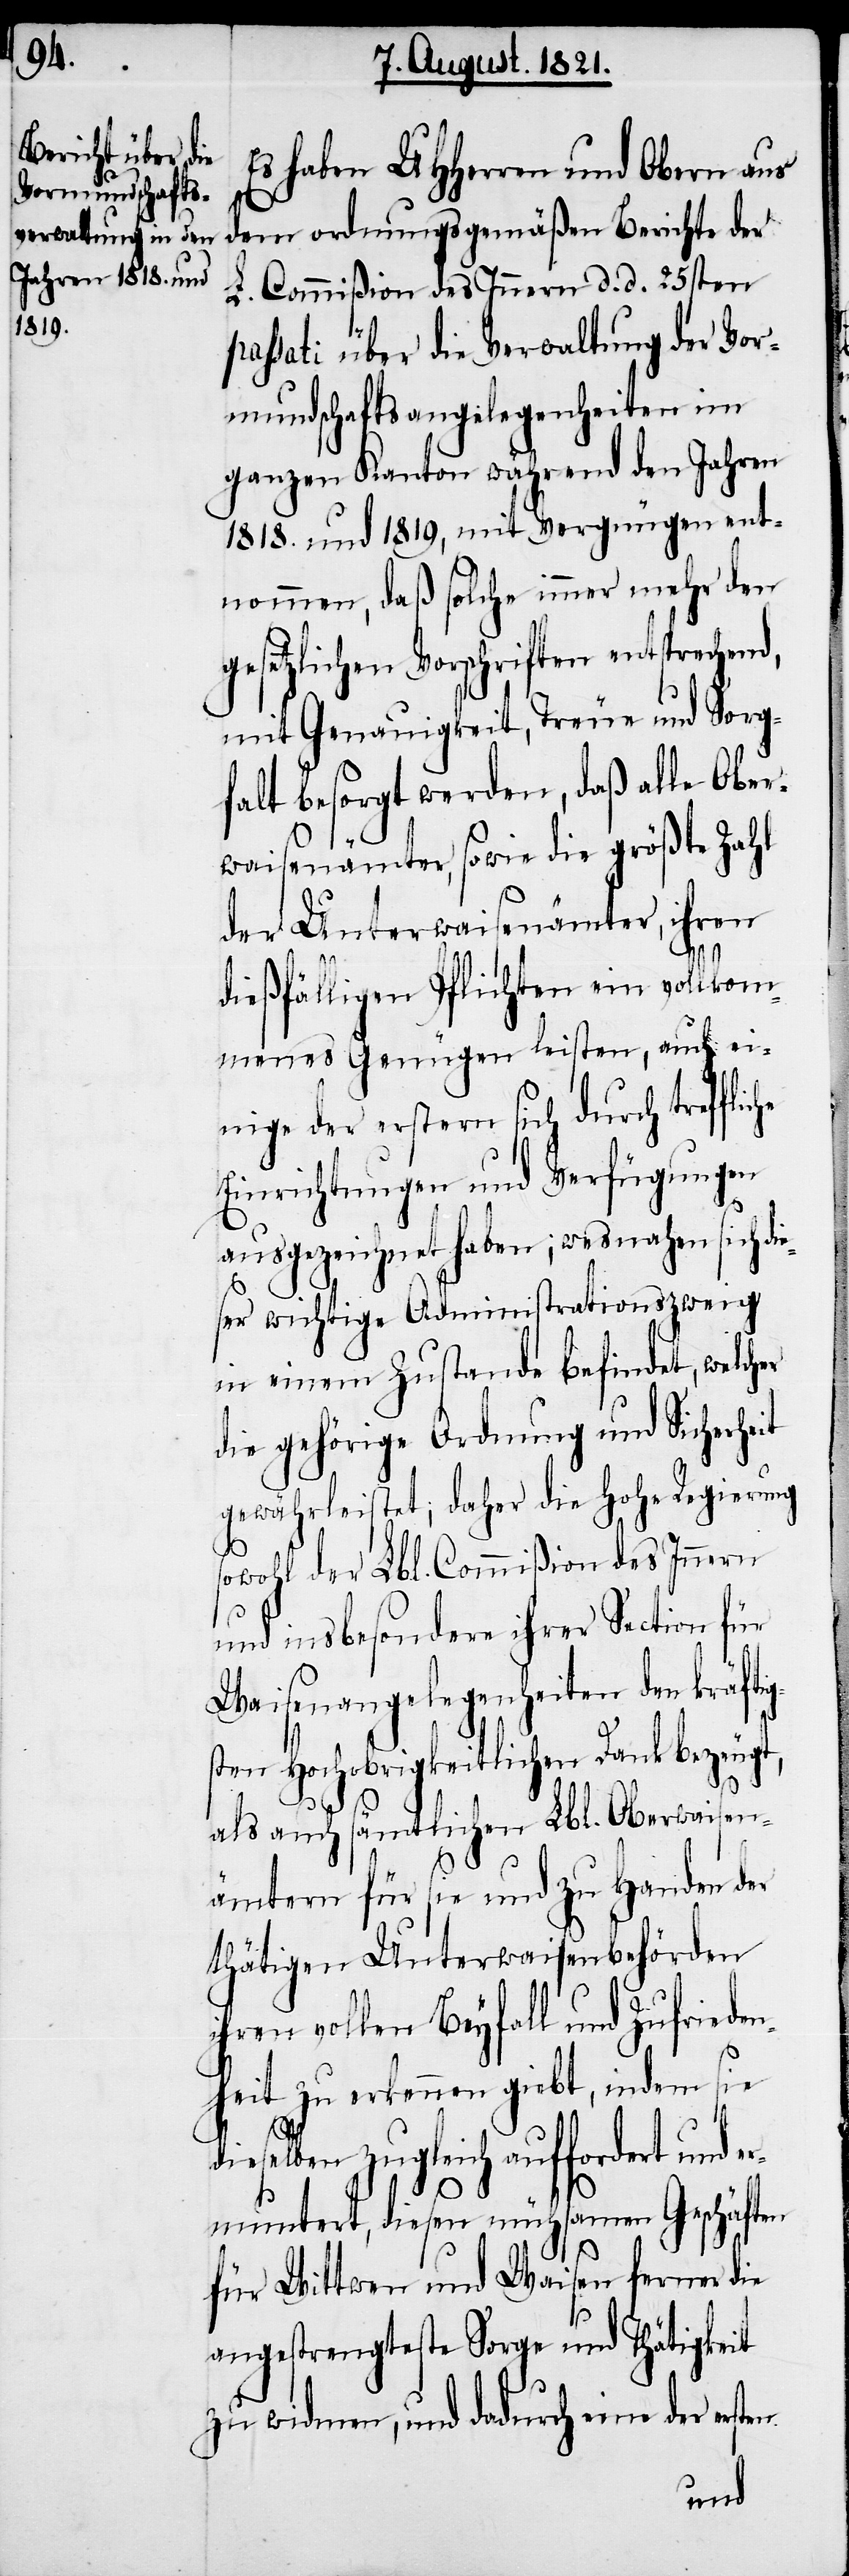
Es haben UHHerren und Obern aus
dem ordnungsgemäßen Berichte der
L. Commißion des Innern d. d. 25sten
passati über Verwaltung der Vor¬
mundschaftsangelegenheiten im
ganzen Kanton während den Jahren
1818. und 1819, mit Vergnügen ent¬
nommen, daß solche immer mehr den
gesetzlichen Vorschriften entsprechend,
mit Genauigkeit, Treue und Sorg¬
falt besorgt werden, daß alle Ober¬
waisenämter, sowie die größte Zahl
der Unterwaisenämter, ihren
dießfälligen Pflichten ein vollkom¬
menes Genügen leisten, auch ei¬
nige der ersten sich durch trefflic¬
Einrichtungen und Verfügungen
ausgezeichnet haben; wesnahen sich di¬
eser wichtige Administrationszweig
in einem Zustande befindet, welcher
die gehörige Ordnung und Sicherheit
gewährleistet; daher die hohe Regierung
sowohl der Lbl. Commißion des Innern
und insbesondere ihrer Section für
Waisenangelegenheiten den kräftig¬
sten Hochobrigkeitlichen Dank bezeugt,
als auch sämtlichen Lbl. Oberwaisen¬
ämtern für sie und zu Handen der
thätigen Unterwaisenbehörden
ihren vollen Beyfall und Zufrieden¬
heit zu erkennen giebt, indem sie
eselben zugleich auffordert und
ermuntert, diesen mühsamen Geschäften
für Wittwen und Waisen ferner die
angestrengte Sorge und Thätigkeit
zu widmen, und dadurch eine der erst¬
en